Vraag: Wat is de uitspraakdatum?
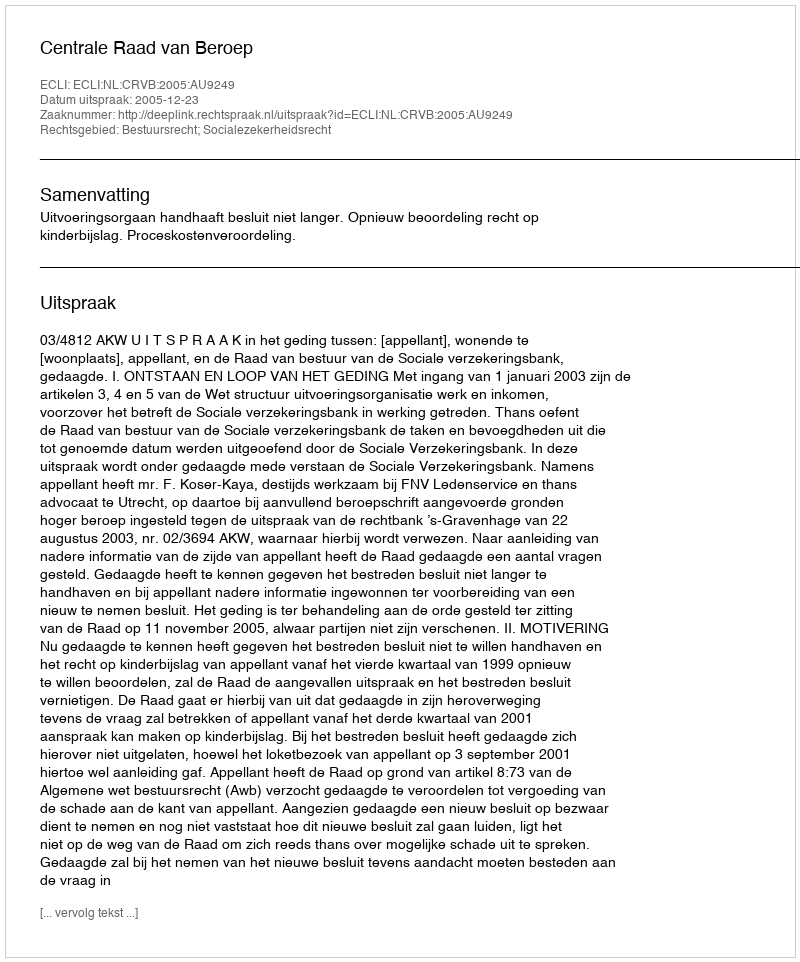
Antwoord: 2005-12-23